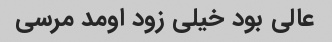
عالی بود خیلی زود اومد مرسی